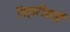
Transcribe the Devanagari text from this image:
निहारीकाएँ